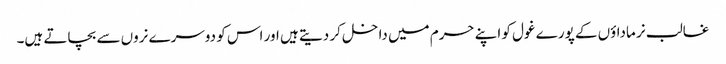
غالب نر ماداؤں کے پورے غول کو اپنے حرم میں داخل کر دیتے ہیں اور اس کو دوسرے نروں سے بچاتے ہیں۔